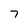
Character: 7